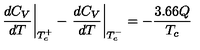
\left. \frac { d C _ { V } } { d T } \right| _ { T _ { c } ^ { + } } - \left. \frac { d C _ { V } } { d T } \right| _ { T _ { c } ^ { - } } = - \frac { 3 . 6 6 Q } { T _ { c } }